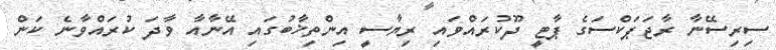
ސިރިސޭނާ ރާޖަޕަކްސަގެ ޕާޓީ ދޫކުރައްވައި ރިޔާސީ އިންތިޚާބުގައި އޭނާއާ ވާދަ ކުރައްވާނެ ކަން